Treatise on elephants
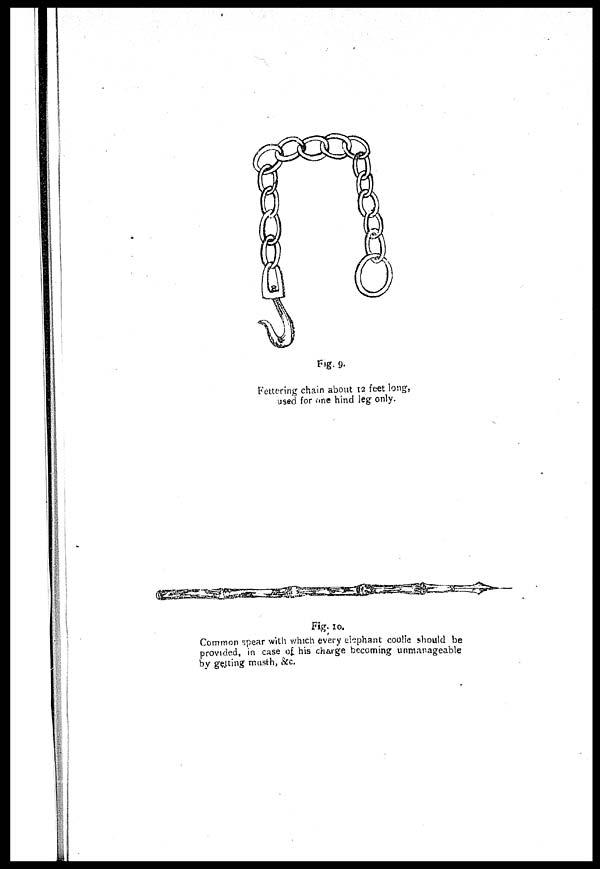
Fig. 9.
Fettering chain about 12 feet long,
used for one hind leg only.
Fig . 10.
Common spear with which every elephant coolie should be
provided, in case o£ his charge becoming unmanageable
by getting musth, &c.